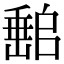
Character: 𡼻